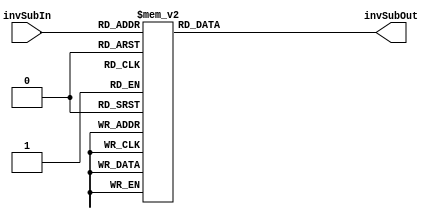
`timescale 1ns / 1ps
//////////////////////////////////////////////////////////////////////////////////
// 
// Module Name:  InvSubWord
// Project Name: AES128
//
// Revision: 
// Revision 0.01 - File Created
// Additional Comments: 
//
//Step 1) Takes input of an 8 bit number, invSubIn
//Step 2) Compares it hexadecimal value to the various cases statement as shown below
//Step 3) Perform the worb substituion using the reverse Rjindael S-box substitution
//Step 4) Returns it as invSubOut
//////////////////////////////////////////////////////////////////////////////////
module InvSubWord(
   	 input [7:0] invSubIn,
   	 output [7:0] invSubOut
    );
	 
	 reg [7:0] sOut;
	 always @(invSubIn)
	 begin
		  case(invSubIn)
				8'h00: sOut=8'h52;
				8'h01: sOut=8'h09;
				8'h02: sOut=8'h6A;
				8'h03: sOut=8'hD5;
				8'h04: sOut=8'h30;
				8'h05: sOut=8'h36;
				8'h06: sOut=8'hA5;
				8'h07: sOut=8'h38;
				8'h08: sOut=8'hBF;
				8'h09: sOut=8'h40;
				8'h0A: sOut=8'hA3;
				8'h0B: sOut=8'h9E;
				8'h0C: sOut=8'h81;
				8'h0D: sOut=8'hF3;
				8'h0E: sOut=8'hD7;
				8'h0F: sOut=8'hFB;
				8'h10: sOut=8'h7C;
				8'h11: sOut=8'hE3;
				8'h12: sOut=8'h39;
				8'h13: sOut=8'h82;
				8'h14: sOut=8'h9B;
				8'h15: sOut=8'h2F;
				8'h16: sOut=8'hFF;
				8'h17: sOut=8'h87;
				8'h18: sOut=8'h34;
				8'h19: sOut=8'h8E;
				8'h1A: sOut=8'h43;
				8'h1B: sOut=8'h44;
				8'h1C: sOut=8'hC4;
				8'h1D: sOut=8'hDE;
				8'h1E: sOut=8'hE9;
				8'h1F: sOut=8'hCB;
				8'h20: sOut=8'h54;
				8'h21: sOut=8'h7B;
				8'h22: sOut=8'h94;
				8'h23: sOut=8'h32;
				8'h24: sOut=8'hA6;
				8'h25: sOut=8'hC2;
				8'h26: sOut=8'h23;
				8'h27: sOut=8'h3D;
				8'h28: sOut=8'hEE;
				8'h29: sOut=8'h4C;
				8'h2A: sOut=8'h95;
				8'h2B: sOut=8'h0B;
				8'h2C: sOut=8'h42;
				8'h2D: sOut=8'hFA;
				8'h2E: sOut=8'hC3;
				8'h2F: sOut=8'h4E;
				8'h30: sOut=8'h08;
				8'h31: sOut=8'h2E;
				8'h32: sOut=8'hA1;
				8'h33: sOut=8'h66;
				8'h34: sOut=8'h28;
				8'h35: sOut=8'hD9;
				8'h36: sOut=8'h24;
				8'h37: sOut=8'hB2;
				8'h38: sOut=8'h76;
				8'h39: sOut=8'h5B;
				8'h3A: sOut=8'hA2;
				8'h3B: sOut=8'h49;
				8'h3C: sOut=8'h6D;
				8'h3D: sOut=8'h8B;
				8'h3E: sOut=8'hD1;
				8'h3F: sOut=8'h25;
				8'h40: sOut=8'h72;
				8'h41: sOut=8'hF8;
				8'h42: sOut=8'hF6;
				8'h43: sOut=8'h64;
				8'h44: sOut=8'h86;
				8'h45: sOut=8'h68;
				8'h46: sOut=8'h98;
				8'h47: sOut=8'h16;
				8'h48: sOut=8'hD4;
				8'h49: sOut=8'hA4;
				8'h4A: sOut=8'h5C;
				8'h4B: sOut=8'hCC;
				8'h4C: sOut=8'h5D;
				8'h4D: sOut=8'h65;
				8'h4E: sOut=8'hB6;
				8'h4F: sOut=8'h92;
				8'h50: sOut=8'h6C;
				8'h51: sOut=8'h70;
				8'h52: sOut=8'h48;
				8'h53: sOut=8'h50;
				8'h54: sOut=8'hFD;
				8'h55: sOut=8'hED;
				8'h56: sOut=8'hB9;
				8'h57: sOut=8'hDA;
				8'h58: sOut=8'h5E;
				8'h59: sOut=8'h15;
				8'h5A: sOut=8'h46;
				8'h5B: sOut=8'h57;
				8'h5C: sOut=8'hA7;
				8'h5D: sOut=8'h8D;
				8'h5E: sOut=8'h9D;
				8'h5F: sOut=8'h84;
				8'h60: sOut=8'h90;
				8'h61: sOut=8'hD8;
				8'h62: sOut=8'hAB;
				8'h63: sOut=8'h00;
				8'h64: sOut=8'h8C;
				8'h65: sOut=8'hBC;
				8'h66: sOut=8'hD3;
				8'h67: sOut=8'h0A;
				8'h68: sOut=8'hF7;
				8'h69: sOut=8'hE4;
				8'h6A: sOut=8'h58;
				8'h6B: sOut=8'h05;
				8'h6C: sOut=8'hB8;
				8'h6D: sOut=8'hB3;
				8'h6E: sOut=8'h45;
				8'h6F: sOut=8'h06;
				8'h70: sOut=8'hD0;
				8'h71: sOut=8'h2C;
				8'h72: sOut=8'h1E;
				8'h73: sOut=8'h8F;
				8'h74: sOut=8'hCA;
				8'h75: sOut=8'h3F;
				8'h76: sOut=8'h0F;
				8'h77: sOut=8'h02;
				8'h78: sOut=8'hC1;
				8'h79: sOut=8'hAF;
				8'h7A: sOut=8'hBD;
				8'h7B: sOut=8'h03;
				8'h7C: sOut=8'h01;
				8'h7D: sOut=8'h13;
				8'h7E: sOut=8'h8A;
				8'h7F: sOut=8'h6B;
				8'h80: sOut=8'h3A;
				8'h81: sOut=8'h91;
				8'h82: sOut=8'h11;
				8'h83: sOut=8'h41;
				8'h84: sOut=8'h4F;
				8'h85: sOut=8'h67;
				8'h86: sOut=8'hDC;
				8'h87: sOut=8'hEA;
				8'h88: sOut=8'h97;
				8'h89: sOut=8'hF2;
				8'h8A: sOut=8'hCF;
				8'h8B: sOut=8'hCE;
				8'h8C: sOut=8'hF0;
				8'h8D: sOut=8'hB4;
				8'h8E: sOut=8'hE6;
				8'h8F: sOut=8'h73;
				8'h90: sOut=8'h96;
				8'h91: sOut=8'hAC;
				8'h92: sOut=8'h74;
				8'h93: sOut=8'h22;
				8'h94: sOut=8'hE7;
				8'h95: sOut=8'hAD;
				8'h96: sOut=8'h35;
				8'h97: sOut=8'h85;
				8'h98: sOut=8'hE2;
				8'h99: sOut=8'hF9;
				8'h9A: sOut=8'h37;
				8'h9B: sOut=8'hE8;
				8'h9C: sOut=8'h1C;
				8'h9D: sOut=8'h75;
				8'h9E: sOut=8'hDF;
				8'h9F: sOut=8'h6E;
				8'hA0: sOut=8'h47;
				8'hA1: sOut=8'hF1;
				8'hA2: sOut=8'h1A;
				8'hA3: sOut=8'h71;
				8'hA4: sOut=8'h1D;
				8'hA5: sOut=8'h29;
				8'hA6: sOut=8'hC5;
				8'hA7: sOut=8'h89;
				8'hA8: sOut=8'h6F;
				8'hA9: sOut=8'hB7;
				8'hAA: sOut=8'h62;
				8'hAB: sOut=8'h0E;
				8'hAC: sOut=8'hAA;
				8'hAD: sOut=8'h18;
				8'hAE: sOut=8'hBE;
				8'hAF: sOut=8'h1B;
				8'hB0: sOut=8'hFC;
				8'hB1: sOut=8'h56;
				8'hB2: sOut=8'h3E;
				8'hB3: sOut=8'h4B;
				8'hB4: sOut=8'hC6;
				8'hB5: sOut=8'hD2;
				8'hB6: sOut=8'h79;
				8'hB7: sOut=8'h20;
				8'hB8: sOut=8'h9A;
				8'hB9: sOut=8'hDB;
				8'hBA: sOut=8'hC0;
				8'hBB: sOut=8'hFE;
				8'hBC: sOut=8'h78;
				8'hBD: sOut=8'hCD;
				8'hBE: sOut=8'h5A;
				8'hBF: sOut=8'hF4;
				8'hC0: sOut=8'h1F;
				8'hC1: sOut=8'hDD;
				8'hC2: sOut=8'hA8;
				8'hC3: sOut=8'h33;
				8'hC4: sOut=8'h88;
				8'hC5: sOut=8'h07;
				8'hC6: sOut=8'hC7;
				8'hC7: sOut=8'h31;
				8'hC8: sOut=8'hB1;
				8'hC9: sOut=8'h12;
				8'hCA: sOut=8'h10;
				8'hCB: sOut=8'h59;
				8'hCC: sOut=8'h27;
				8'hCD: sOut=8'h80;
				8'hCE: sOut=8'hEC;
				8'hCF: sOut=8'h5F;
				8'hD0: sOut=8'h60;
				8'hD1: sOut=8'h51;
				8'hD2: sOut=8'h7F;
				8'hD3: sOut=8'hA9;
				8'hD4: sOut=8'h19;
				8'hD5: sOut=8'hB5;
				8'hD6: sOut=8'h4A;
				8'hD7: sOut=8'h0D;
				8'hD8: sOut=8'h2D;
				8'hD9: sOut=8'hE5;
				8'hDA: sOut=8'h7A;
				8'hDB: sOut=8'h9F;
				8'hDC: sOut=8'h93;
				8'hDD: sOut=8'hC9;
				8'hDE: sOut=8'h9C;
				8'hDF: sOut=8'hEF;
				8'hE0: sOut=8'hA0;
				8'hE1: sOut=8'hE0;
				8'hE2: sOut=8'h3B;
				8'hE3: sOut=8'h4D;
				8'hE4: sOut=8'hAE;
				8'hE5: sOut=8'h2A;
				8'hE6: sOut=8'hF5;
				8'hE7: sOut=8'hB0;
				8'hE8: sOut=8'hC8;
				8'hE9: sOut=8'hEB;
				8'hEA: sOut=8'hBB;
				8'hEB: sOut=8'h3C;
				8'hEC: sOut=8'h83;
				8'hED: sOut=8'h53;
				8'hEE: sOut=8'h99;
				8'hEF: sOut=8'h61;
				8'hF0: sOut=8'h17;
				8'hF1: sOut=8'h2B;
				8'hF2: sOut=8'h04;
				8'hF3: sOut=8'h7E;
				8'hF4: sOut=8'hBA;
				8'hF5: sOut=8'h77;
				8'hF6: sOut=8'hD6;
				8'hF7: sOut=8'h26;
				8'hF8: sOut=8'hE1;
				8'hF9: sOut=8'h69;
				8'hFA: sOut=8'h14;
				8'hFB: sOut=8'h63;
				8'hFC: sOut=8'h55;
				8'hFD: sOut=8'h21;
				8'hFE: sOut=8'h0C;
				8'hFF: sOut=8'h7D;
		  endcase
	 end
	 
	 //Step 4
	 assign invSubOut = sOut;
endmodule